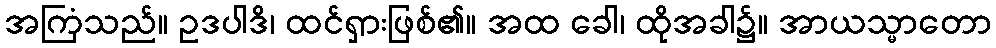
အကြံသည်။ ဥဒပါဒိ၊ ထင်ရှားဖြစ်၏။ အထ ခေါ၊ ထိုအခါ၌။ အာယသ္မာတော